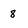
Character: 8